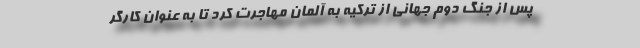
پس از جنگ دوم جهانی از ترکیه به آلمان مهاجرت کرد تا به عنوان کارگر